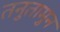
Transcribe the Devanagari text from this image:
तनुतामुन